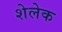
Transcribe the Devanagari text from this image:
शेलेक